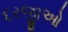
દરજીઓ